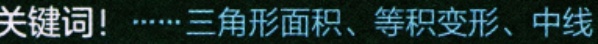
关键词！……三角形面积、等积变形、中线